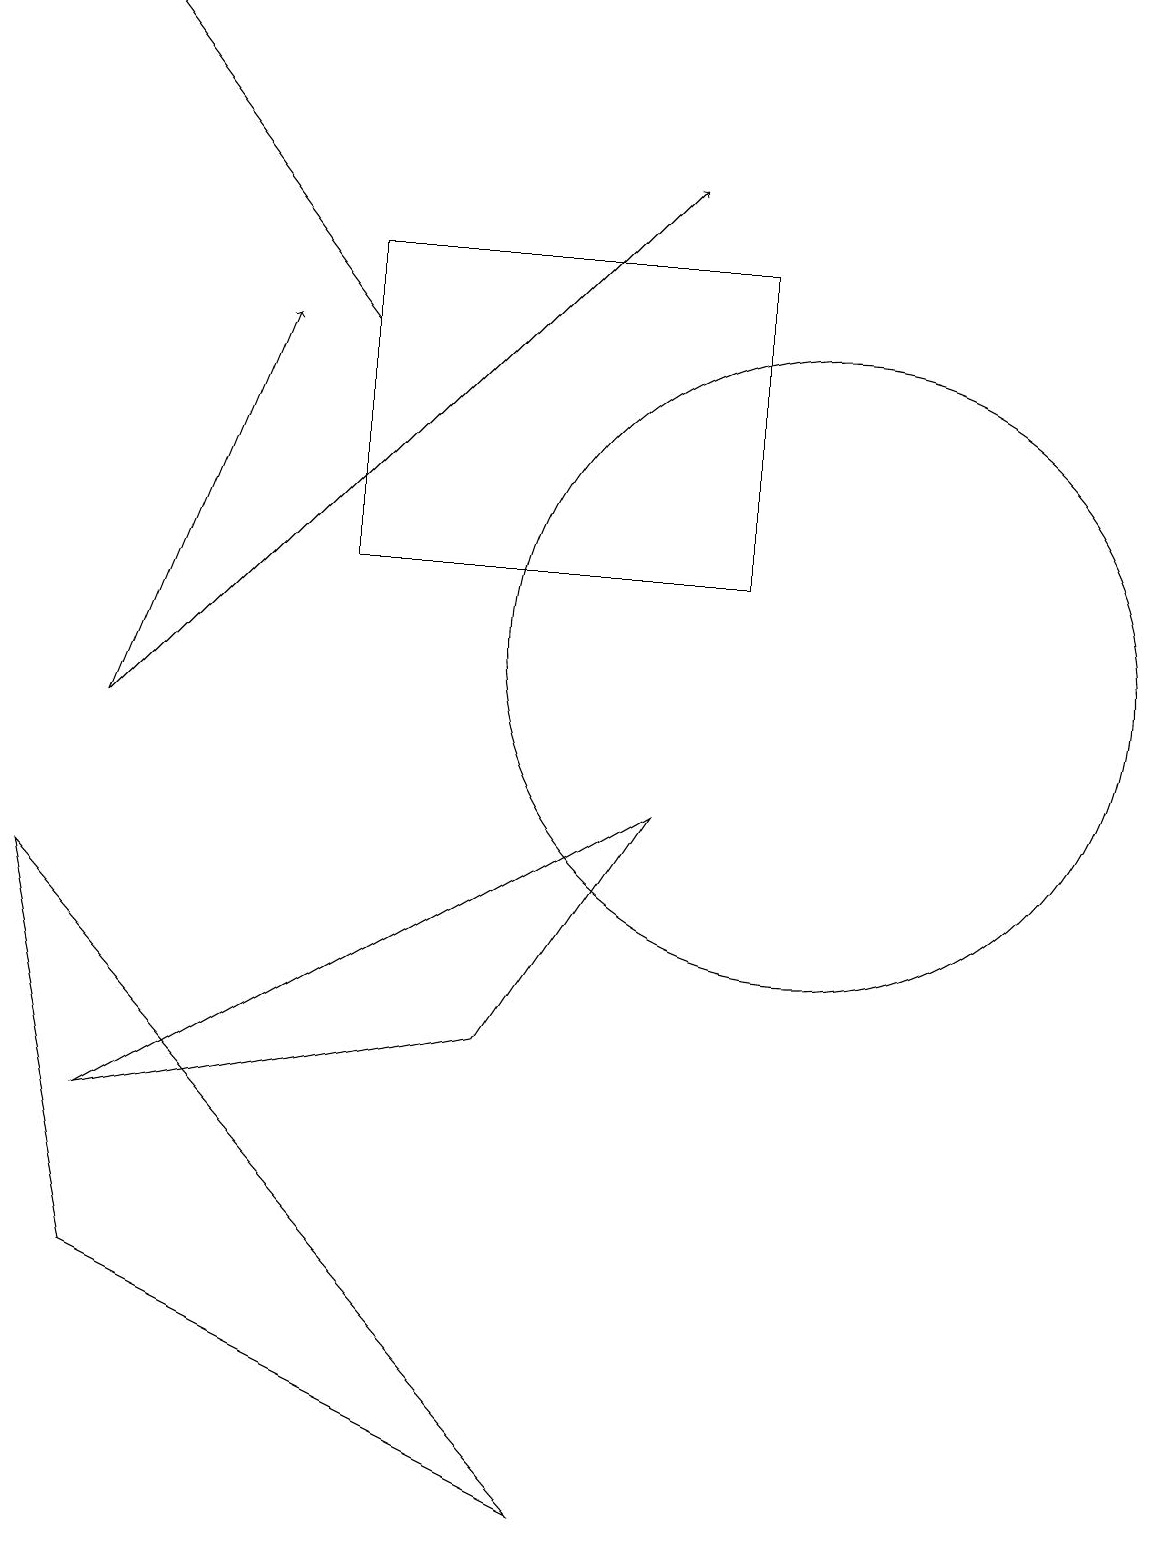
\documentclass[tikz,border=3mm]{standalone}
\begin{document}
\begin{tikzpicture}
\draw[->] (1,10) -- (8,17);
\draw[->] (4,15) -- (1,19);
\draw (0,8) -- (7,0) -- (1,3) -- cycle;
\draw (1,5) -- (8,9) -- (6,6) -- cycle;
\draw (4,12) rectangle (9,16);
\draw (10,11) circle (4);
\draw[->] (1,10) -- (3,15);
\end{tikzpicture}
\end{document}